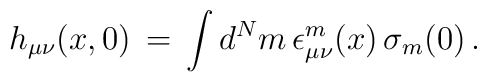
h_{\mu\nu}(x,0)\, = \,\int d^N m\, \epsilon_{\mu\nu}^m(x)\, \sigma_m(0)\,.